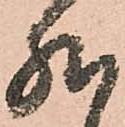
然